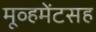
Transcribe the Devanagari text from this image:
मूव्हमेंटसह